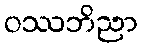
ဝဿဘိညာ